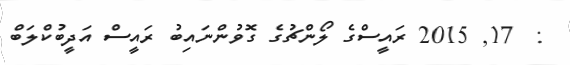
:  17